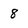
Character: 8